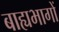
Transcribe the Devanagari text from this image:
बाह्यभागों